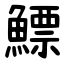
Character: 鰾